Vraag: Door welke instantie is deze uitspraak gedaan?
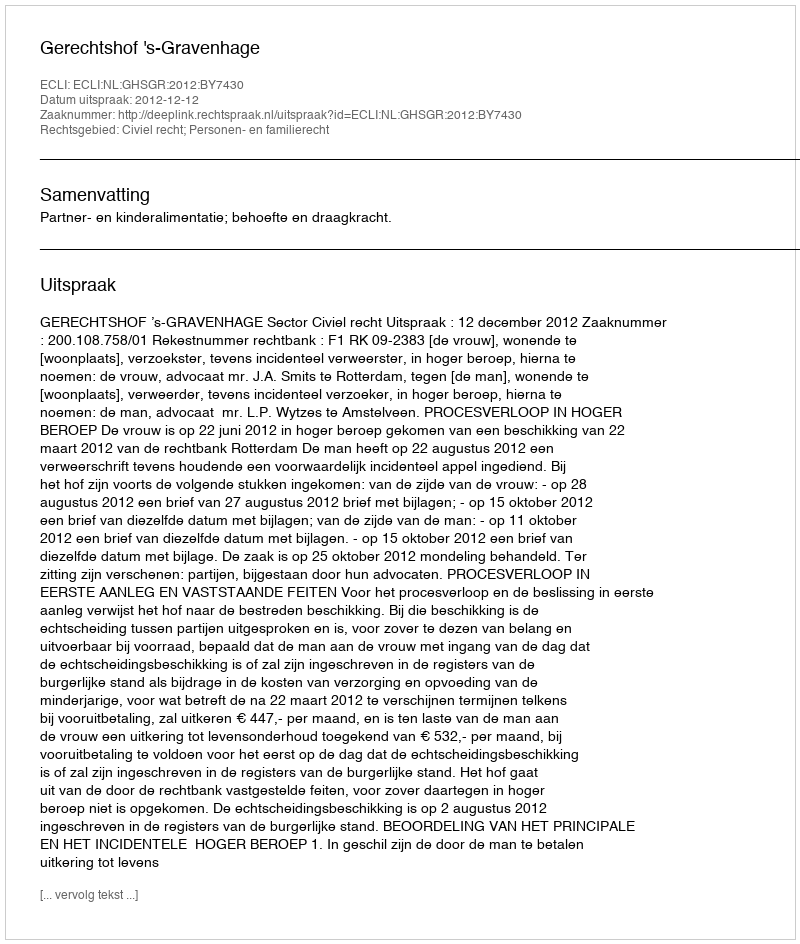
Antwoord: Gerechtshof 's-Gravenhage